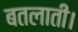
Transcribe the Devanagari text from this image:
बतलाती।